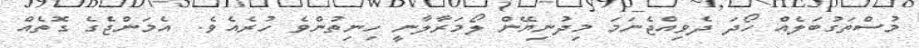
މުސްތަގުބަލެއް ހޯދަ ދެވިއްޖެނަމަ މިދުނިޔޭން ލޯމަރާލާނީ ހިނިތުންވެ ހުރެއެވެ.  އެމަންޖެގެ ގޮތެއް